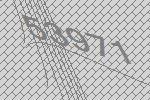
53971